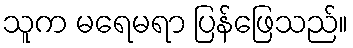
သူက မရေမရာ ပြန်ဖြေသည်။